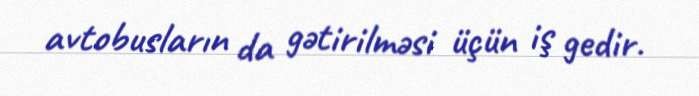
avtobusların da gətirilməsi üçün iş gedir.